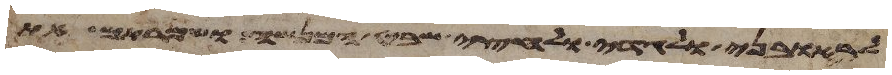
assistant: לראובני ולגדי ולחצי שבט המנשה ושמרתם את